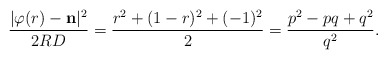
\begin{align*}\frac{| \varphi(r) - \mathbf{n} |^2}{2RD} =\frac{r^2 + (1-r)^2 + (-1)^2}{2}=\frac{p^2 -pq + q^2}{q^2}.\end{align*}